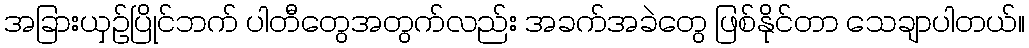
အခြားယှဉ်ပြိုင်ဘက် ပါတီတွေအတွက်လည်း အခက်အခဲတွေ ဖြစ်နိုင်တာ သေချာပါတယ်။